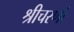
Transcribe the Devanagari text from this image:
श्रीचरणां